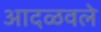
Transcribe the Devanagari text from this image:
आदळवले